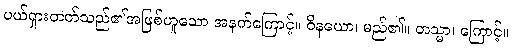
ပယ်ရှားတတ်သည်၏အဖြစ်ဟူသော အနက်ကြောင့်။ ဝိနယော၊ မည်၏။ တသ္မာ၊ ကြောင့်။